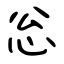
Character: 忩